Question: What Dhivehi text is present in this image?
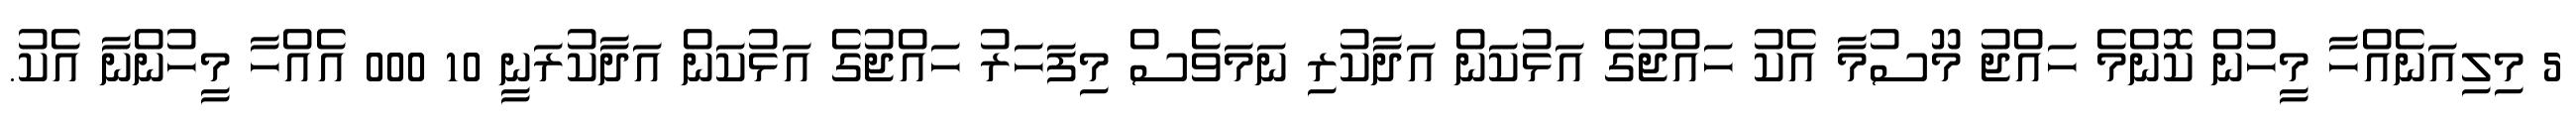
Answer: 5 މިލިއަނެއްހާ މީހުން ކޮންމެ ހައްޖު މޫސުމާ އެކު ހައްޖުގެ އަޅުކަން އަދާކުރި ނަމަވެސް މިފަހަރު ހައްޖުގެ އަޅުކަން އަދާކުރަނީ 10 000 އެއްހާ މީހުންނާ އެކު.